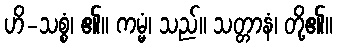
ဟိ-သစ္စံ၊ ၏။ ကမ္မံ၊ သည်။ သတ္တာနံ၊ တို့၏။